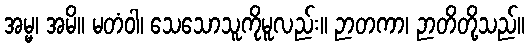
အမ္မ၊ အမိ။ မတံဝါ၊ သေသောသူကိုမူလည်း။ ဉာတကာ၊ ဉာတိတို့သည်။